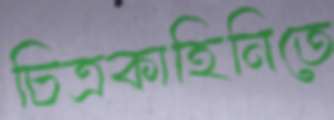
চিত্রকাহিনিতে